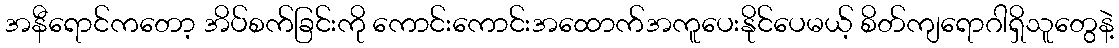
အနီရောင်ကတော့ အိပ်စက်ခြင်းကို ကောင်းကောင်းအထောက်အကူပေးနိုင်ပေမယ့် စိတ်ကျရောဂါရှိသူတွေနဲ့